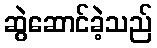
ဆွဲဆောင်ခဲ့သည်